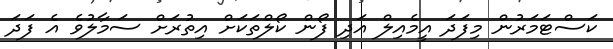
ކަސްޓަމަރުން މިފަދަ އީމެއިލް އަދި ފޯން ކޯލްތަކަށް އިތުރަށް ސަމާލުވެ އެ ފަދަ